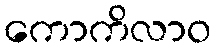
ကောကိလာဝ